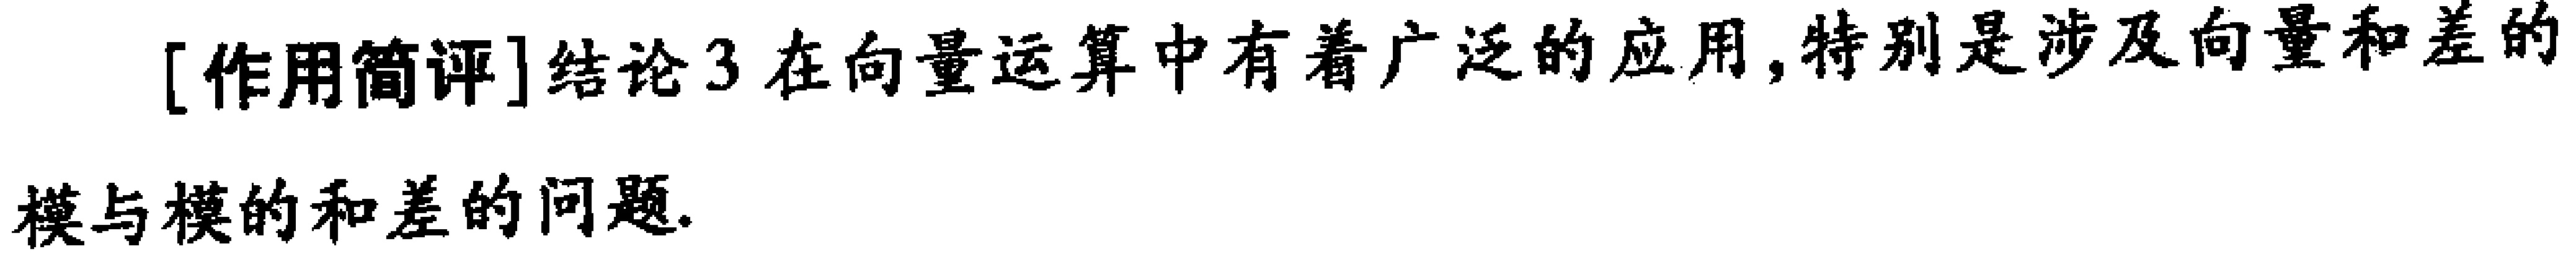
[作用简评]结论3在向量运算中有着广泛的应用,特别是涉及向量和差的模与模的和差的问题.